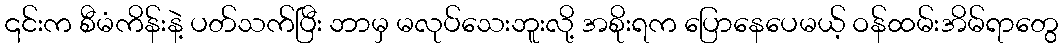
၎င်းက စီမံကိန်းနဲ့ ပတ်သက်ပြီး ဘာမှ မလုပ်သေးဘူးလို့ အစိုးရက ပြောနေပေမယ့် ဝန်ထမ်းအိမ်ရာတွေ